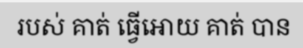
របស់ គាត់ ធ្វើអោយ គាត់ បាន